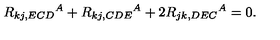
R _ { k j , E C D } { } ^ { A } + R _ { k j , C D E } { } ^ { A } + 2 R _ { j k , D E C } { } ^ { A } = 0 .